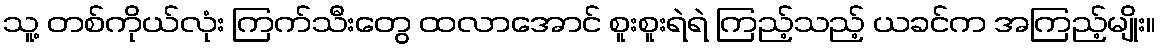
သူ့ တစ်ကိုယ်လုံး ကြက်သီးတွေ ထလာအောင် စူးစူးရဲရဲ ကြည့်သည့် ယခင်က အကြည့်မျိုး။